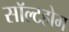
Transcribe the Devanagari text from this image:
सॉल्टहोम